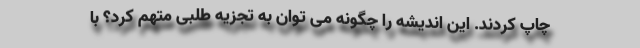
چاپ کردند. این اندیشه را چگونه می توان به تجزیه طلبی متهم کرد؟ با